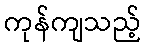
ကုန်ကျသည့်